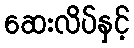
ဆေးလိပ်နှင့်